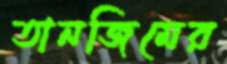
তানজিমের